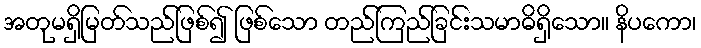
အတုမရှိမြတ်သည်ဖြစ်၍ ဖြစ်သော တည်ကြည်ခြင်းသမာဓိရှိသော။ နိပကော၊